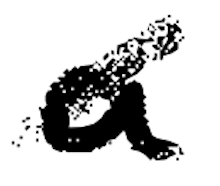
Text: a
Cross-out: diagonal
Writing tool: digital_black